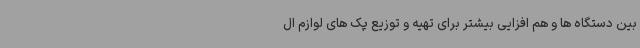
بین دستگاه ها و هم افزایی بیشتر برای تهیه و توزیع پک های لوازم ال